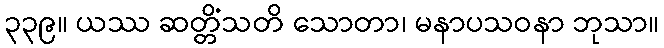
၃၃၉။ ယဿ ဆတ္တိံသတိ သောတာ၊ မနာပသဝနာ ဘုသာ။